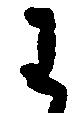
わ